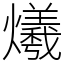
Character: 爔